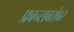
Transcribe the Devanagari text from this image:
फ्रान्सबरोबर